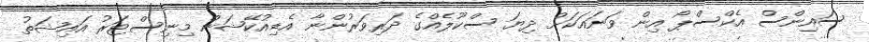
ސައިންސް އެކްސްޕޯ އިން ވަނައަކަށް ދިޔަ ސްކޫލެއްގެ ދަރިވަރުންނާ އެޑިއުކޭޝަން މިނިސްޓަރު އައިޝަތު